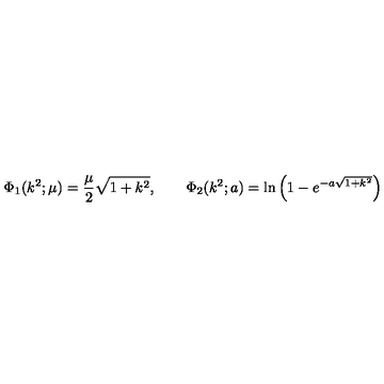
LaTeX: \Phi _ { 1 } ( k ^ { 2 } ; \mu ) = \frac { \mu } { 2 } \sqrt { 1 + k ^ { 2 } } , \qquad \Phi _ { 2 } ( k ^ { 2 } ; a ) = \ln \left( 1 - e ^ { - a \sqrt { 1 + k ^ { 2 } } } \right)